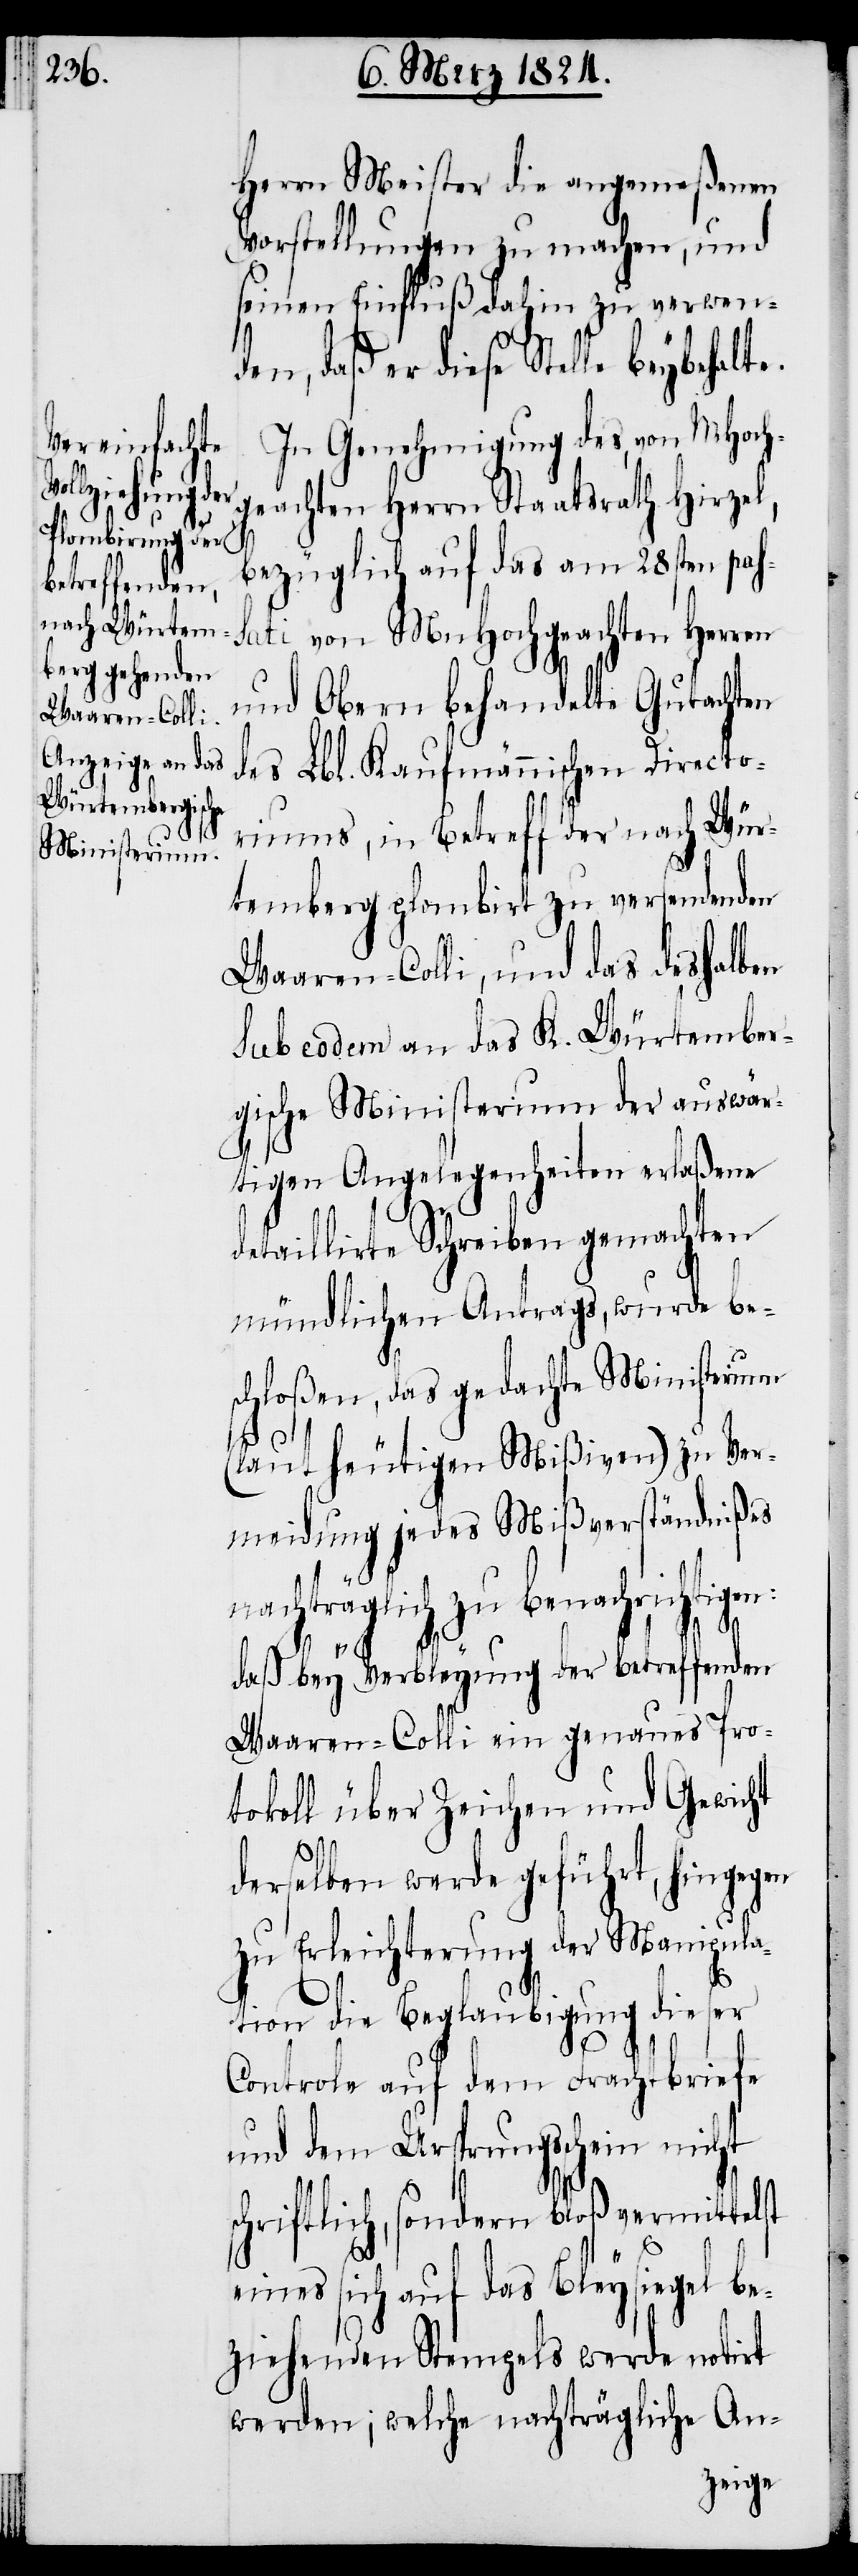
Herrn Meister die angemeßenen
Vorstellungen zu machen, und
seinen Einfluß dahin zu verwen¬
den, daß er diese Stelle beybehalte.
In Genehmigung des, von MHoch¬
geachten Herrn Staatsrath Hirzel,
bezüglich auf das am 28sten pas¬
sati von MnHochgeachten Herren
und Obern behandelte Gutachten
des Lbl. Kaufmännischen Directo¬
riums, in Betreff der nach Wür¬
temberg plombirt zu versendenden
Waaren-Colli, und das deshalben
sub eodem an das K. Würtember¬
gische Ministerium der auswär¬
tigen Angelegenheiten erlaßene
etaillirte Schreiben gemachten
mündlichen Antrags, wurde be¬
schloßen, das gedachte Ministerium
(laut heutigen Mißiven) zu Ver¬
meidung jedes Mißverständnißes
nachträglich zu benachrichtigen:
d¬
daß bey Verbleyung der betreffenden
Waaren-Colli ein genaues Pro¬
tokoll über Zeichen und Gewicht
derselben werde geführt, hingegen
zu Erleichterung der Manipula¬
s¬
tion die Beglaubigung dieser
Controle auf dem Frachtbriefe
auf dem Ursprungsschein nicht
chriftlich, sondern bloß vermittelst
eines sich auf das Bleysiegel be¬
ziehenden Stempels werde notirt
werden; welche nachträgliche An-